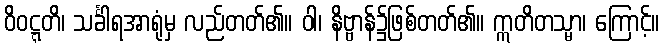
ဝိဝဋ္ဋတိ၊ သင်္ခါရအာရုံမှ လည်တတ်၏။ ဝါ၊ နိဗ္ဗာန်၌ဖြစ်တတ်၏။ ဣတိတသ္မာ၊ ကြောင့်။